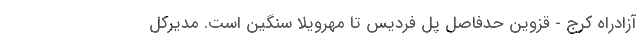
آزادراه کرج - قزوین حدفاصل پل فردیس تا مهرویلا سنگین است. مدیرکل